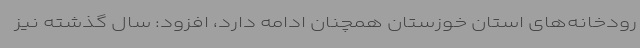
رودخانه‌های استان خوزستان همچنان ادامه دارد، افزود: سال گذشته نیز